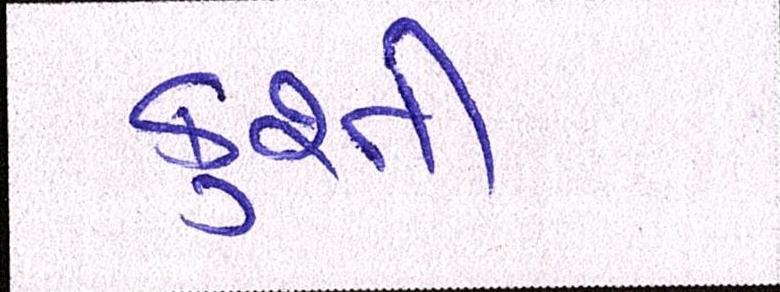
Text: કુશ્તી